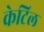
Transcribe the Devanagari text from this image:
केटिल